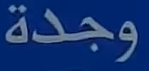
وجدة